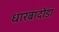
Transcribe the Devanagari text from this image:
धारबांदोडा